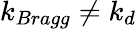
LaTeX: k_{Bragg}\neq k_{d}